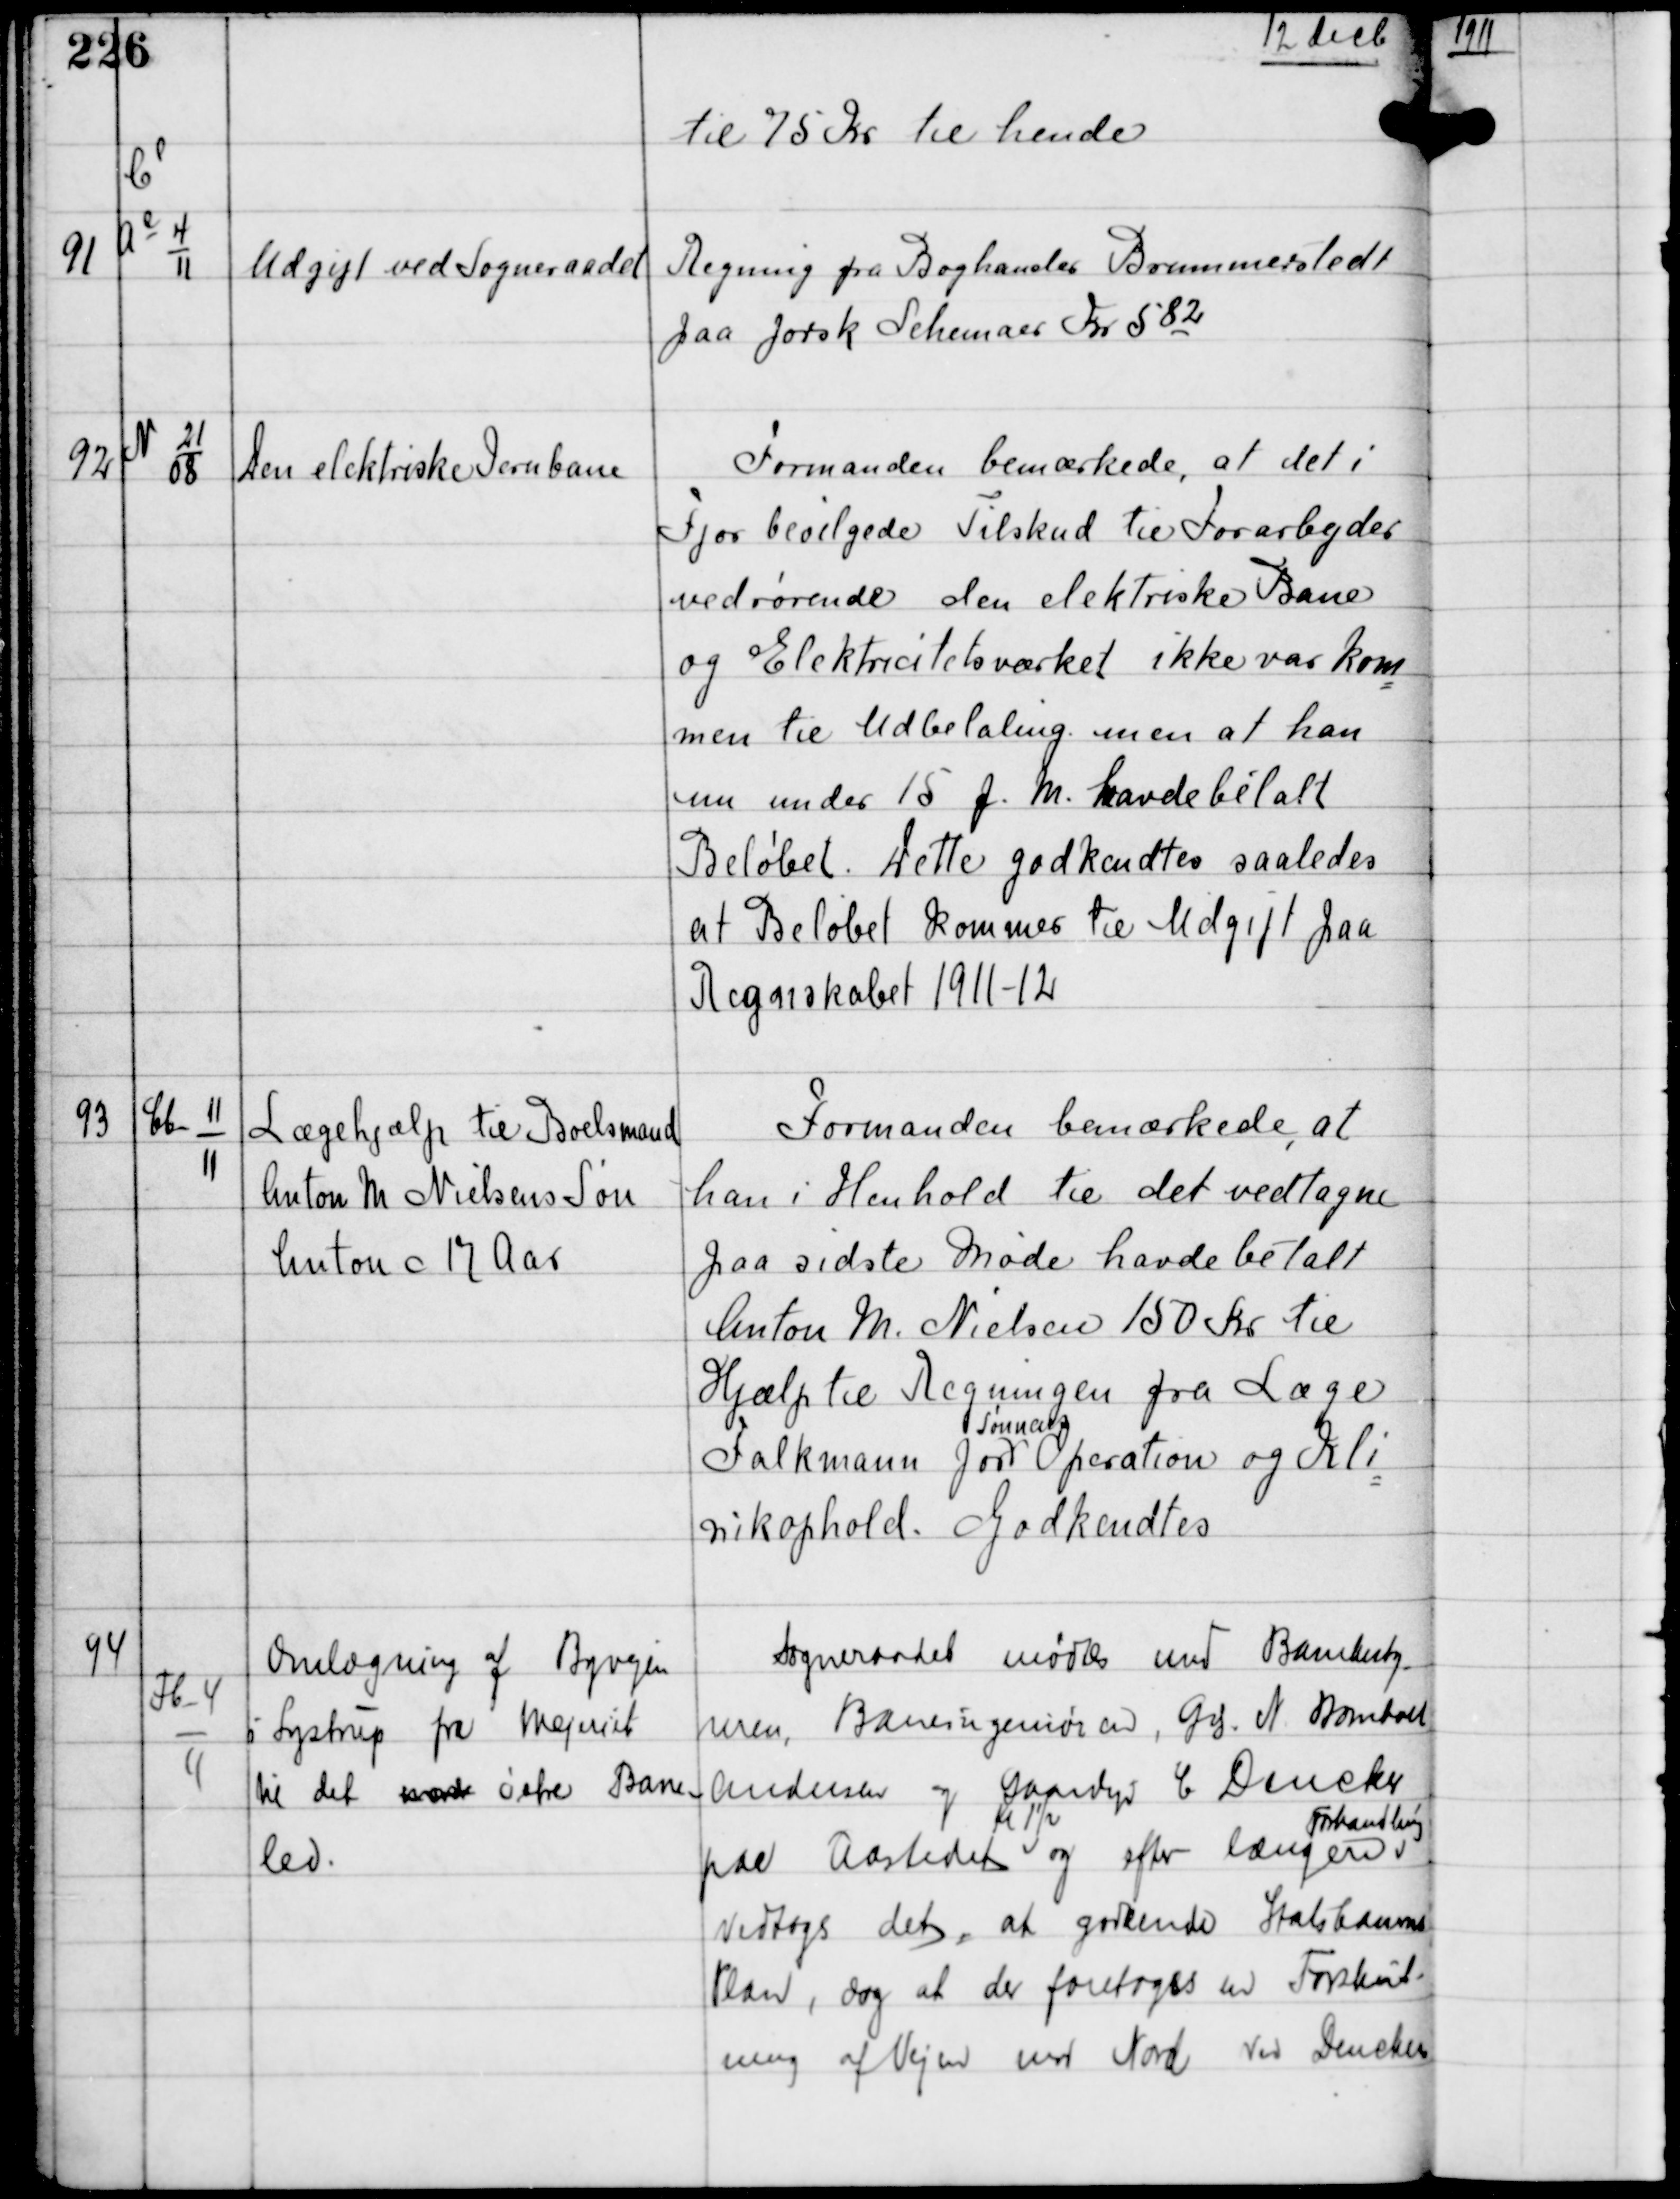
Transskription:
12 Decb

til 75 Kr til hende

91

Ce
Ae
4
11

Udgift ved Sogneraadet

Regning fra Boghandler Brummerstedt
paa forsk Schemaer Kr 582

92

N 21
08

Den elektriske Jernbane

Formanden bemærkede, at det i
Fjor bevilgede Tilskud til Forarbejder
vedrørende den elektriske Bane
og Elektricitetsværket ikke var kom
men til Udbetaling men at han
nu under 15 f.M. havde betalt
Beløbet. Dette godkendtes saaledes
at Beløbet kommer til Udgift paa
Regnskabet 1911-12

93

Cb-11
11

Lægehjælp til Boelsmand
Anton M Nielsens Søn
Anton c 17 Aar

Formanden bemærkede, at
han i Henhold til det vedtagne
paa sidste Møde havde betalt
Anton M. Nielsen 150 Kr til
Hjælp til Regningen fra Læge
Falkmann for
Sønnens
Operation og Kli
nikophold. Godkendtes

94

Fb-4
11

Omlægning af Byvejen
i Lystrup fra Mejeriet
til det nxxx østre Bane-
led

Sogneraadet mødtes med Banebesty
reren, Baneingeniøren, Gd N Bomholt
Andersen og Gaardejer C Dencker
paa Aastedet
Kl 1½
og efter længere
Forhandling
vedtoges det, at godkende Statsbanens
Plan, dog at der foretages en Forskyd-
ning af Vejen mod Nord ved Denckers